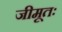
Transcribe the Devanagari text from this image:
जीमूतः